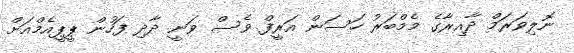
ނޮލިވަރަމް ދާއިރާގެ މެމްބަރު ހަސަން އަރީފް ވެސް ވަނީ ދާދި ފަހުން ޕީޕީއެމްއަށް